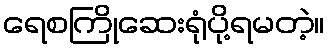
ရေစကြိုဆေးရုံပို့ရမတဲ့။